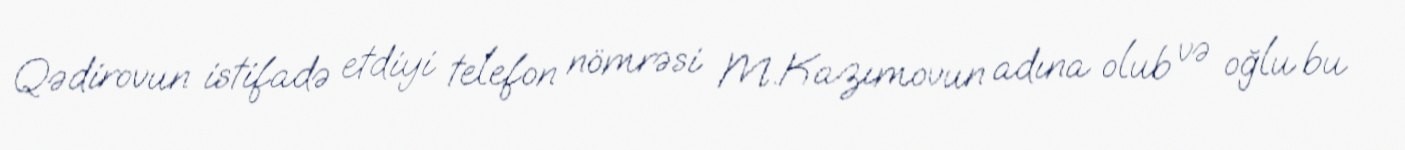
Qədirovun istifadə etdiyi telefon nömrəsi M.Kazımovun adına olub və oğlu bu